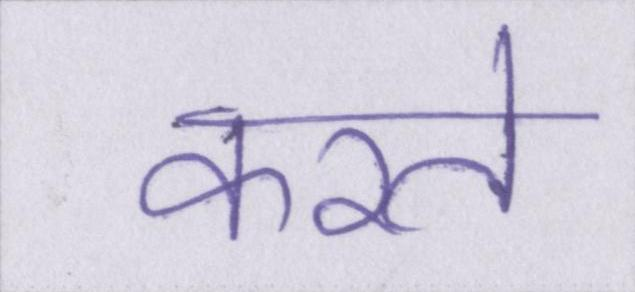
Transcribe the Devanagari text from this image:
करते